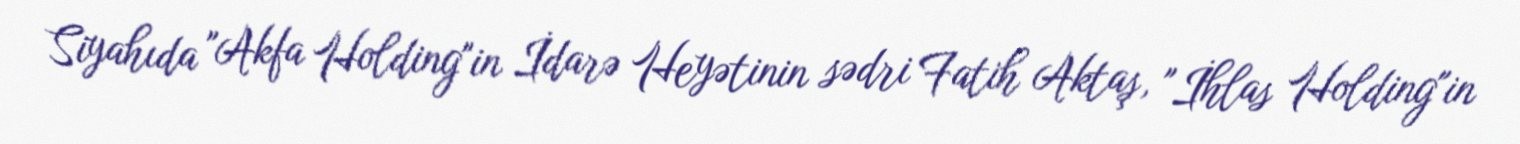
Siyahıda "Akfa Holding"in İdarə Heyətinin sədri Fatih Aktaş, "İhlas Holding"in